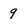
Character: 9